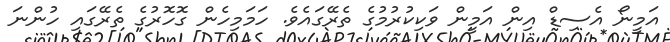
އަމީނޯ އެސިޑް އިން އަމީން ވަކިކުރުމުގެ ތެރޭގައެވެ. ހަމަމިހެން ގޮހޮރުގެ ތެރޭގައި ހުންނަ